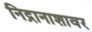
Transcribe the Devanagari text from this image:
निद्रानाशावर